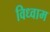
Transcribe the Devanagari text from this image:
विध्वाम